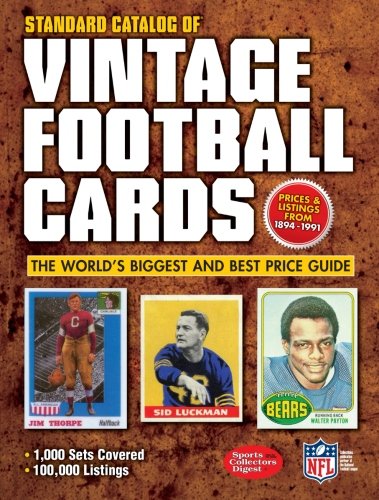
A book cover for Standard Catalog of Vintage Football Cards; Editors of Krause Publications; Crafts, Hobbies & Home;